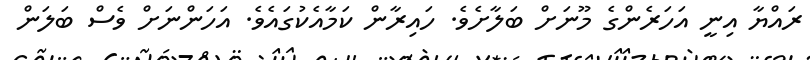
ރައްޔާ އިނީ އަހަރެންގެ މޫނަށް ބަލާށެވެ. ހައިރާން ކަމާއެކުގައެވެ. އަހަންނަށް ވެސް ބަލަން